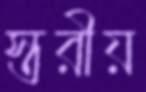
স্তরীয়